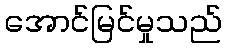
အောင်မြင်မှုသည်